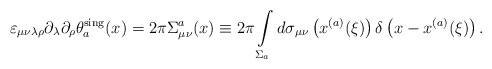
\begin{align*}\varepsilon_{\mu\nu\lambda\rho}\partial_\lambda\partial_\rho\theta_a^{\rm sing}(x)=2\pi\Sigma_{\mu\nu}^a(x)\equiv 2\pi\int\limits_{\Sigma_a}^{}d\sigma_{\mu\nu}\left(x^{(a)}(\xi)\right)\delta\left(x-x^{(a)}(\xi)\right).\end{align*}